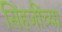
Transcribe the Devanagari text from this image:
सिंहजींच्या